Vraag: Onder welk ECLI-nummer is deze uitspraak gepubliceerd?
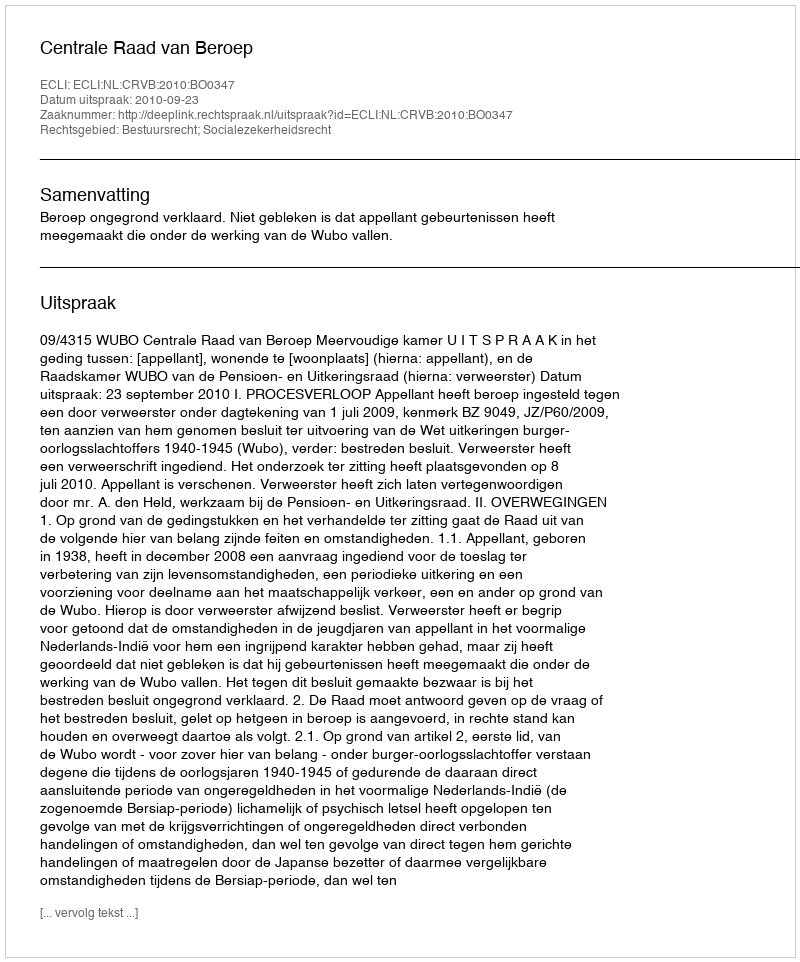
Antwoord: ECLI:NL:CRVB:2010:BO0347